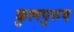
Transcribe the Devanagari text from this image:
कुलपुरुष